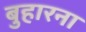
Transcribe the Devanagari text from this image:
बुहारना